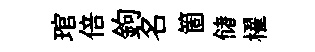
琯倍鉤名箇储櫂